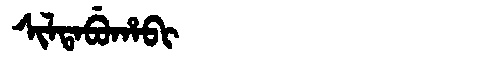
Manchu: ᠰᡳᠯᡨᠠᠪᡠᡥᠠᠪᡳ
Romanization: SILTABUHABI